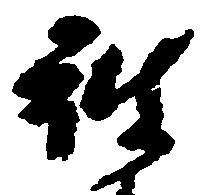
彼